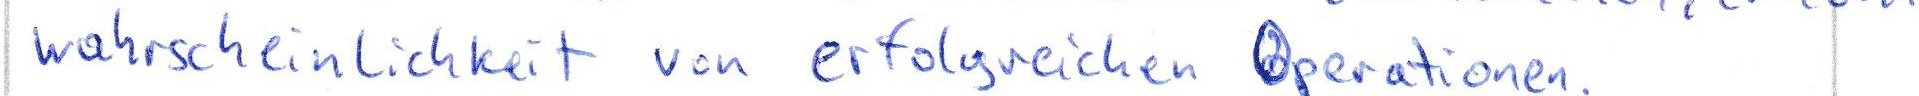
wahrscheinlichkeit von erfolgreichen Operationen.